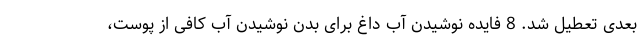
بعدی تعطیل شد. 8 فایده نوشیدن آب داغ برای بدن نوشیدن آب کافی از پوست،